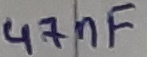
Text: 47nF